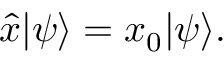
{ \hat { x } } | \psi \rangle = x _ { 0 } | \psi \rangle .